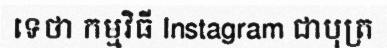
ទេថា កម្មវិធី Instagram ជាបុត្រ